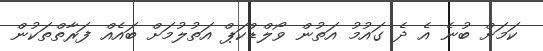
ކަމަށް ބުނެ އެ ދެ ގައުމު އަތުން ވޯލްޑްކަޕް އަތުލުމަށް ބައެއް ފަރާތްތަކުން